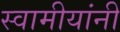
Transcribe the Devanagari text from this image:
स्वामीयांनी